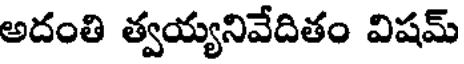
అదంతి త్వయ్యనివేదితం విషమ్